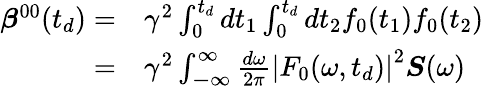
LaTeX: \begin{array}{rl}{\boldsymbol{\beta}^{00}(t_{d})=}&{{}\gamma^{2}\int_{0}^{t_{d}}dt_{1}\int_{0}^{t_{d}}dt_{2}f_{0}(t_{1})f_{0}(t_{2})}\\ {=}&{{}\gamma^{2}\int_{\mathbb{-\infty}}^{\infty}\frac{d\omega}{2\pi}\left|F_{0}(\omega,t_{d})\right|^{2}\boldsymbol{S}(\omega)}\end{array}